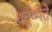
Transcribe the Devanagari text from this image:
धनुष्मते